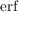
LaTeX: \textstyle \operatorname { e r f }